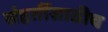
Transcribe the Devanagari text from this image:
संहतींसाठीच